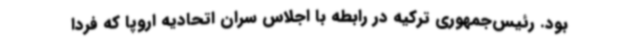
بود. رئیس‌جمهوری ترکیه در رابطه با اجلاس سران اتحادیه اروپا که فردا